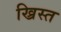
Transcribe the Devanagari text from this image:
ख्रिस्‍त्‍ा